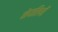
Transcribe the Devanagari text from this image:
नेपालियोँ